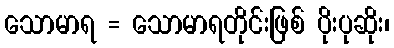
သောမာရ = သောမာရတိုင်းဖြစ် ပိုးပုဆိုး၊